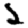
Digit: 2